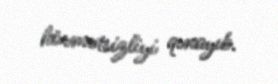
hörmətsizliyi qınayıb.